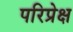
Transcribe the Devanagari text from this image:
परिप्रेक्ष